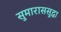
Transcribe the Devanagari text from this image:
सुमाराससुद्धा